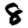
Digit: 8